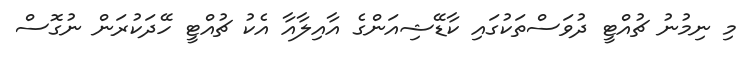
މި ނިމުނު ޗުއްޓީ ދުވަސްތަކުގައި ކާޑޭޝިއަންގެ އާއިލާއާ އެކު ޗުއްޓީ ހޭދަކުރަން ނުގޮސް